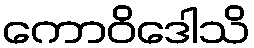
ကောဝိဒေါသိ